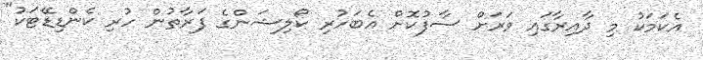
އެކަމަކު މި ދާއިރާގައި ވަރަށް ސާފުކޮށް އެބަހުރި ކޯލިޝަންގެ ފަރާތުން ހުރި ކެންޑިޑޭޓަކު"